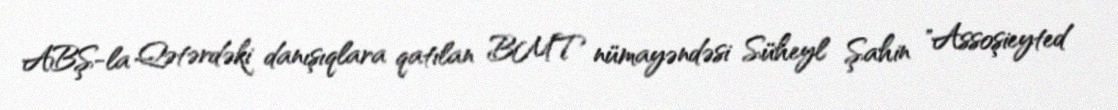
ABŞ-la Qətərdəki danışıqlara qatılan BMT nümayəndəsi Süheyl Şahin "Assoşieyted